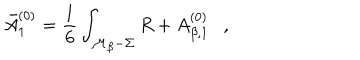
LaTeX: \bar { A } _ { 1 } ^ { ( 0 ) } = \frac 1 6 \int _ { { \cal M } _ { \beta } - \Sigma } R + A _ { \beta , 1 } ^ { ( 0 ) } ,